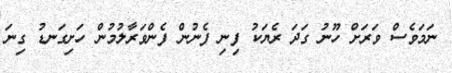
ނަމަވެސް ވަރަށް ހޫނު ގަދަ ރެޔަކު ފިނި ފެނުން ފެންވަރާލުމުން ހަށިގަނޑު ގިނަ